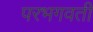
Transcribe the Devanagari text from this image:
परभगवती